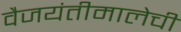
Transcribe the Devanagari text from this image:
वैजयंतीमालेची